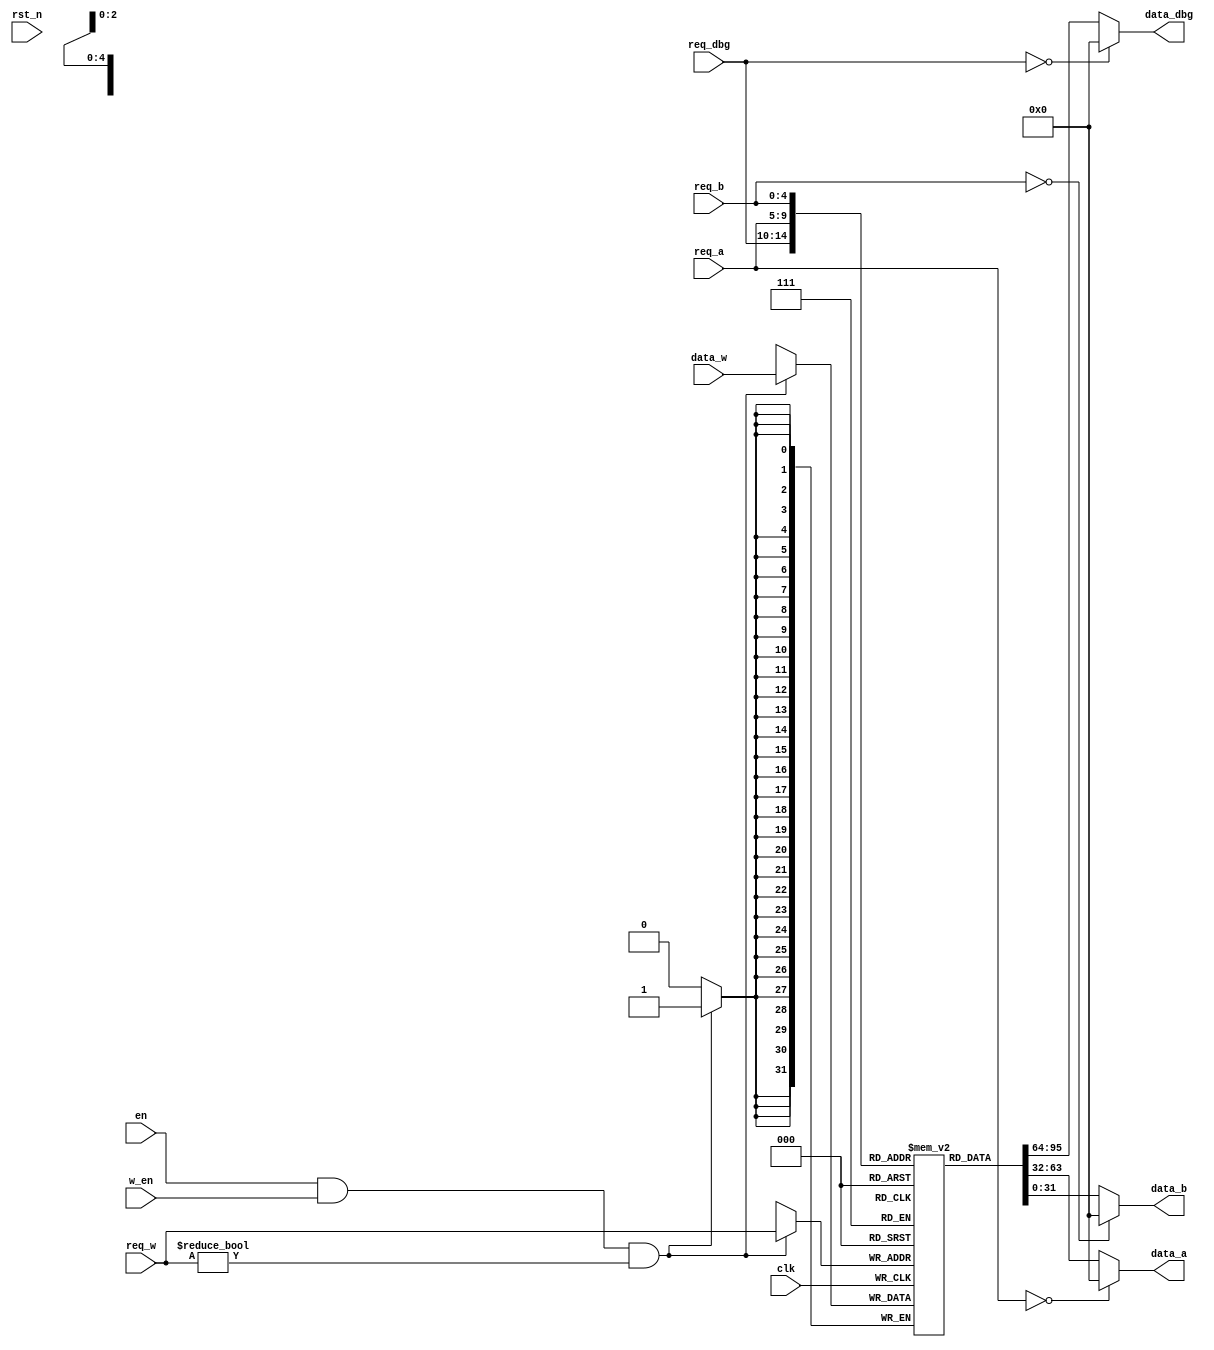
`timescale 1ns / 1ps

// Brief: Register File, synchronized
module SynRegFile(
    clk, rst_n, en, w_en, req_dbg, req_w, req_a, req_b, data_w,
	data_dbg, data_a, data_b
);
    input clk;
    input rst_n;
    input en;
    input w_en;
    input [4:0] req_dbg;
    input [4:0] req_w;
    input [4:0] req_a;
    input [4:0] req_b;
    input [31:0] data_w;
    output [31:0] data_dbg;
    output [31:0] data_a;
    output [31:0] data_b;

    reg [31:0] regs[31:1];
    
    assign data_dbg = req_dbg == 0 ? 32'd0 : regs[req_dbg];
    assign data_a = req_a == 0 ? 32'd0 : regs[req_a];
    assign data_b = req_b == 0 ? 32'd0 : regs[req_b];
    
    always @(negedge clk) begin
        if (en && w_en && req_w != 5'd0)
            regs[req_w] <= data_w;
    end
endmodule